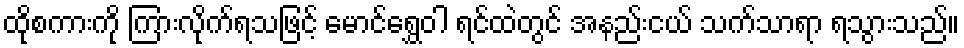
ထိုစကားကို ကြားလိုက်ရသဖြင့် မောင်ရွှေဝါ ရင်ထဲတွင် အနည်းငယ် သက်သာရာ ရသွားသည်။